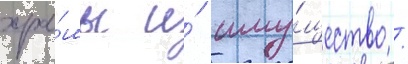
хра́мы и́ иму́щество /